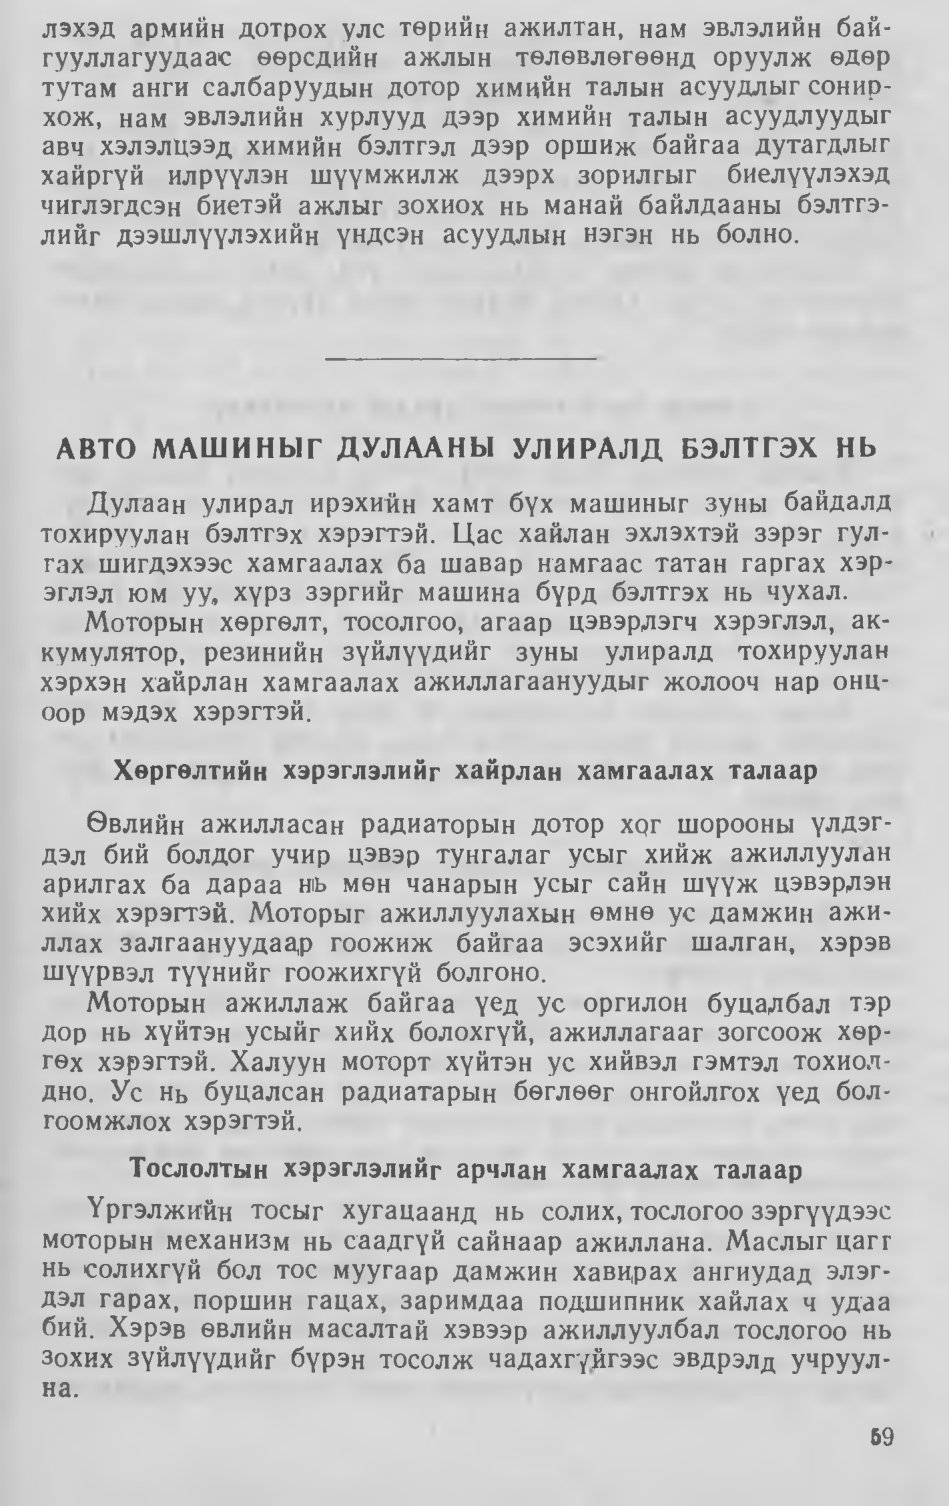
Language: mn